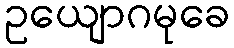
ဥယျောဂမုခေ